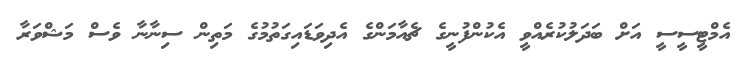
އެމްޓީސީސީ އަށް ބަދަލުކުރެއްވީ އެކުންފުނީގެ ޗެއާމަންގެ އެދިވަޑައިގަތުމުގެ މަތިން ސިނާނާ ވެސް މަޝްވަރާ